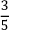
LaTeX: \frac { 3 } { 5 }